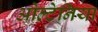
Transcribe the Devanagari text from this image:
ओल्टेनिया